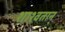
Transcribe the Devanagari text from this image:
शाश्वतान्